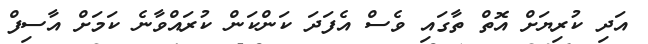
އަދި ކުރިޔަށް އޮތް ތާގައި ވެސް އެފަދަ ކަންކަން ކުރައްވާނެ ކަމަށް އާސިފް